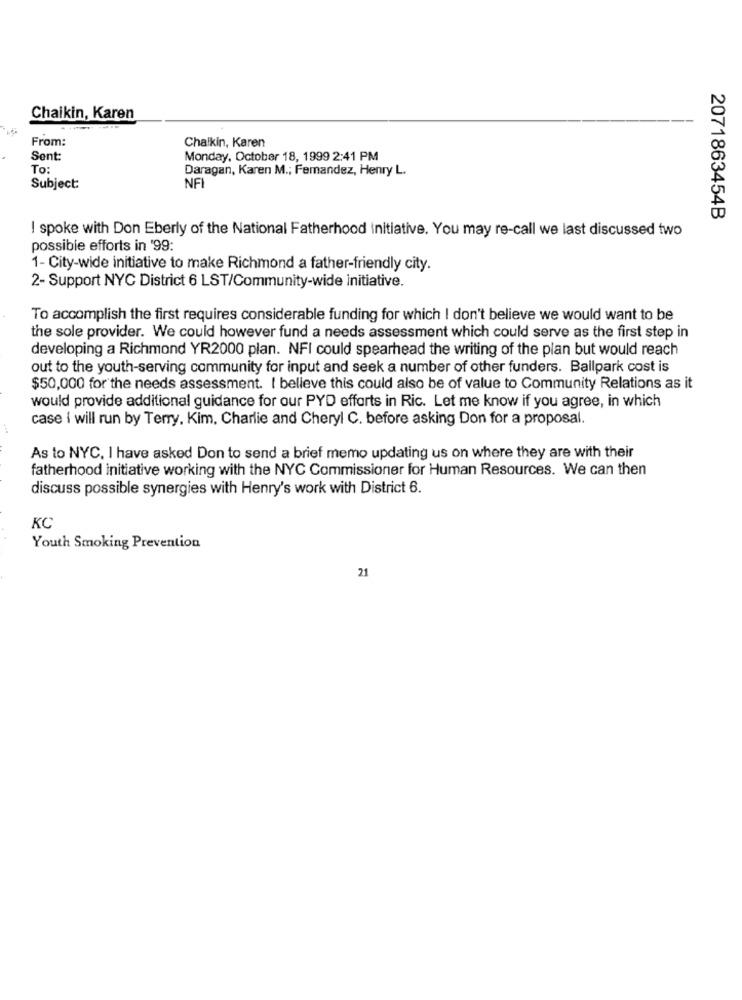
Chaikin, Karen
From:
Chalkin, Karen
Sent:
Monday, October 18, 1999 2:41 PM
To:
Daragan, Karen M .; Femandez, Henry L.
NF
Subject:
2071863454B
I spoke with Don Eberly of the National Fatherhood initiative. You may re-call we last discussed two
possible efforts in '99:
1- City-wide initiative to make Richmond a father-friendly city.
2- Support NYC District 6 LST/Community-wide initiative.
To accomplish the first requires considerable funding for which I don't believe we would want to be
the sole provider. We could however fund a needs assessment which could serve as the first step in
developing a Richmond YR2000 plan. NFI could spearhead the writing of the plan but would reach
out to the youth-serving community for input and seek a number of other funders. Ballpark cost is
$50,000 for the needs assessment. I believe this could also be of value to Community Relations as it
would provide additional guidance for our PYD efforts in Ric. Let me know if you agree, in which
case { will run by Terry, Kim, Charlie and Cheryl C. before asking Don for a proposal.
As to NYC, I have asked Don to send a brief memo updating us on where they are with their
fatherhood initiative working with the NYC Commissioner for Human Resources. We can then
discuss possible synergies with Henry's work with District 6.
KC
Youth Smoking Prevention
21